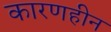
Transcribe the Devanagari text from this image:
कारणहीन